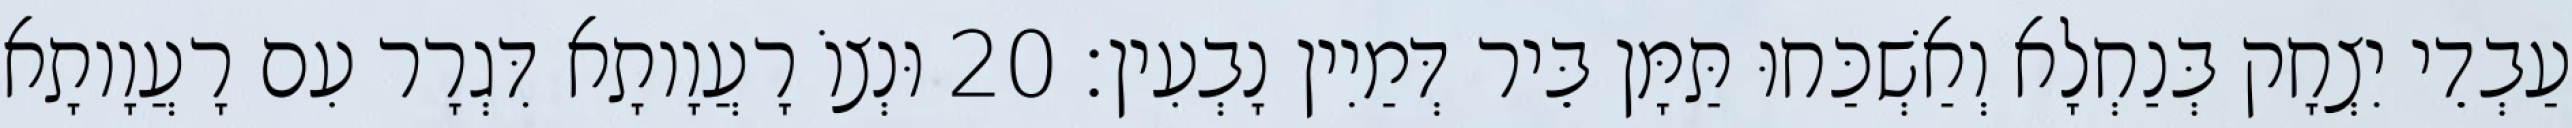
עַבְדֵי יִצְחָק בְּנַחְלָא וְאַשְׁכַּחוּ תַּמָּן בֵּיר דְּמַיִין נָבְעִין׃ 20 וּנְצוֹ רָעֲוָותָא דִּגְרָר עִם רָעֲוָותָא